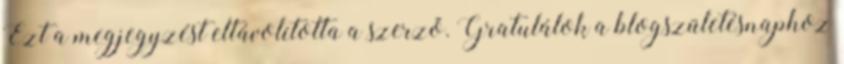
Ezt a megjegyzést eltávolította a szerző. Gratulálok a blogszületésnaphoz